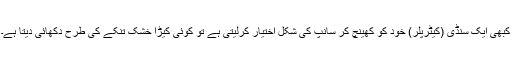
کبھی ایک سُنڈی (کیٹرپلر) خود کو کھینچ کر سانپ کی شکل اختیار کرلیتی ہے تو کوئی کیڑا خشک تنکے کی طرح دکھائی دیتا ہے۔